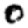
Digit: 0